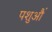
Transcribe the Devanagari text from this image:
पशुऔं